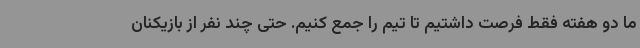
ما دو هفته فقط فرصت داشتیم تا تیم را جمع کنیم. حتی چند نفر از بازیکنان